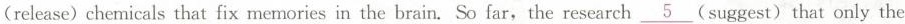
(release) chemicals that fix memories in the brain. So far,the research\underline{5}(suggest) that only the